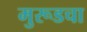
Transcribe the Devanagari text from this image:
मुरूडचा